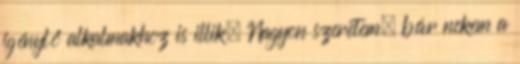
igénylő alkalmakhoz is illik. Nagyon szeretem, bár nekem a